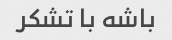
باشه با تشکر